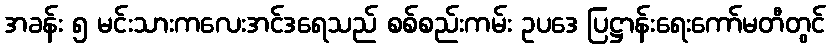
အခန်း ၅ မင်းသားကလေးအင်ဒရေသည် စစ်စည်းကမ်း ဥပဒေ ပြဋ္ဌာန်းရေးကော်မတီတွင်